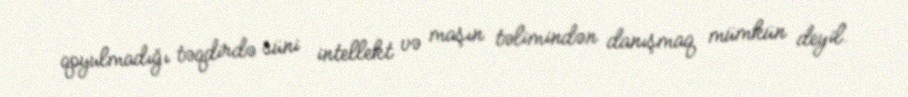
qoyulmadığı təqdirdə süni intellekt və maşın təlimindən danışmaq mümkün deyil.